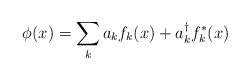
LaTeX: \begin{align*}\phi(x)=\sum_k a_k f_k(x) + a^{\dagger}_k f^*_k(x)\end{align*}